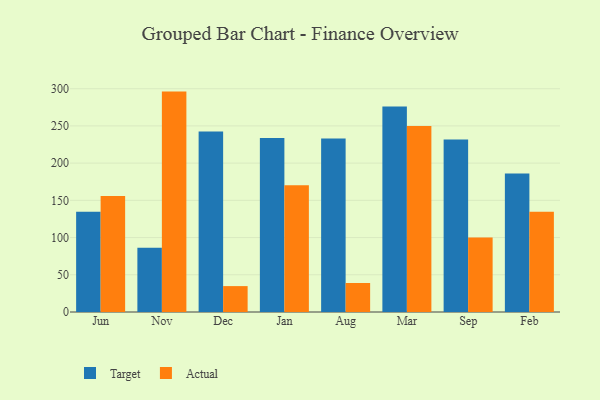
{"axis": {"x": "Month", "y": "Headcount"}, "legend": ["Actual", "Target"], "data": [{"x": "Jun", "y": 134.8, "type": "Target"}, {"x": "Jun", "y": 155.9, "type": "Actual"}, {"x": "Nov", "y": 86.3, "type": "Target"}, {"x": "Nov", "y": 296.1, "type": "Actual"}, {"x": "Dec", "y": 242.5, "type": "Target"}, {"x": "Dec", "y": 34.8, "type": "Actual"}, {"x": "Jan", "y": 233.9, "type": "Target"}, {"x": "Jan", "y": 170.3, "type": "Actual"}, {"x": "Aug", "y": 233.2, "type": "Target"}, {"x": "Aug", "y": 39.0, "type": "Actual"}, {"x": "Mar", "y": 276.1, "type": "Target"}, {"x": "Mar", "y": 249.8, "type": "Actual"}, {"x": "Sep", "y": 231.8, "type": "Target"}, {"x": "Sep", "y": 100.0, "type": "Actual"}, {"x": "Feb", "y": 186.2, "type": "Target"}, {"x": "Feb", "y": 134.7, "type": "Actual"}]}